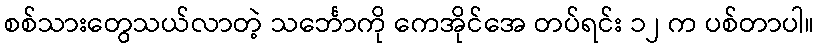
စစ်သားတွေသယ်လာတဲ့ သင်္ဘောကို ကေအိုင်အေ တပ်ရင်း ၁၂ က ပစ်တာပါ။